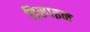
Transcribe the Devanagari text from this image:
डिसाइन